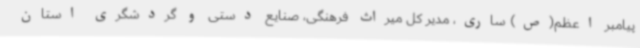
پیامبر اعظم(ص) ساری، مدیر کل میراث فرهنگی، صنایع دستی و گردشگری استان